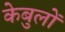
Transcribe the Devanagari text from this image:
केबुलों